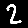
Digit: 2